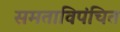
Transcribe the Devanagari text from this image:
समताविपंचित